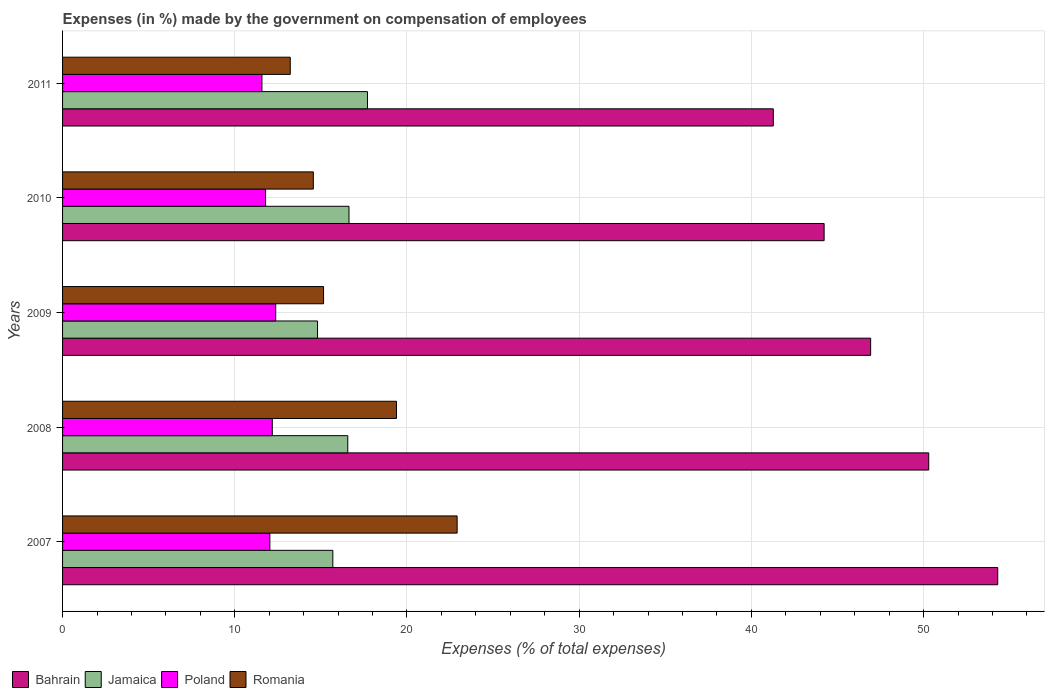
| Years | Bahrain | Jamaica | Poland | Romania |
 | --- | --- | --- | --- | --- |
 | 2007 | 54.3 | 15.7 | 12 | 22.9 |
 | 2008 | 50.3 | 16.6 | 12.2 | 19.4 |
 | 2009 | 46.9 | 14.8 | 12.4 | 15.2 |
 | 2010 | 44.2 | 16.6 | 11.8 | 14.6 |
 | 2011 | 41.3 | 17.7 | 11.6 | 13.2 |